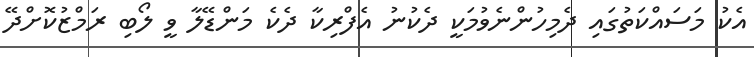
އެކު މަސައްކަތުގައި ދެމިހުންނެވުމަކީ ދެކުނު އެފްރިކާ ދެކެ މަންޑޭލާ ވީ ލޯބި ރަމްޒުކޮށްދޭ